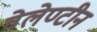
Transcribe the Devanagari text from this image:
वेलेण्टीन